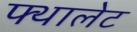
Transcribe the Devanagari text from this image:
फ्थालेट